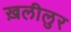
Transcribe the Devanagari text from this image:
ख़लीलुर